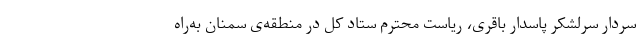
سردار سرلشکر پاسدار باقری، ریاست محترم ستاد کل در منطقه‌ی سمنان به‌راه